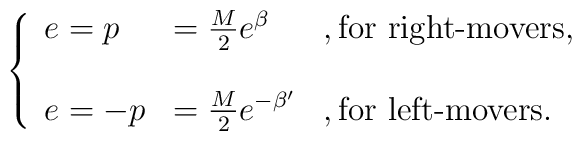
\left\{\begin{array}{l l l}e= p & = \frac{M}{2} e^{\beta} & , \mbox{for right-movers},\\& & \\e= - p & = \frac{M}{2} e^{- \beta'} & ,\mbox{for left-movers}.\end{array}\right.